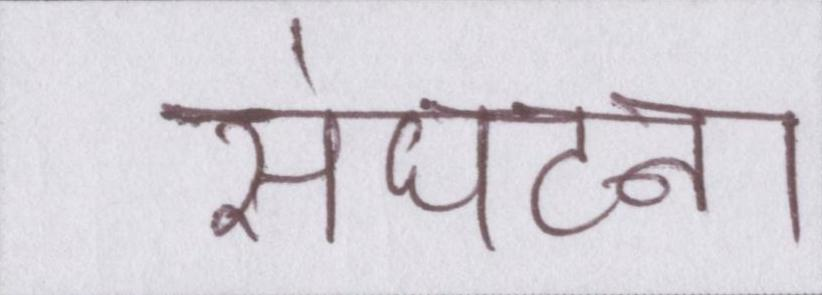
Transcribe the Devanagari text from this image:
संघटना